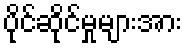
ပိုင်ဆိုင်မှုများအား